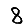
Digit: 8